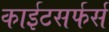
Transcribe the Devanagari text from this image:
काईटसर्फर्स